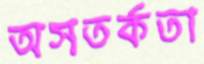
অসতর্কতা